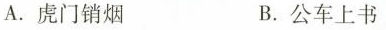
A.虎门销烟 B.公车上书